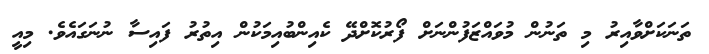
ތަނަކަށްވާއިރު މި ތަނުން މުވައްޒަފުންނަށް ފޯރުކޮށްދޭ ކެއިންބުއިމަކުން އިތުރު ފައިސާ ނުނަގައެވެ. މިއީ